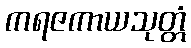
ကရဇကာယသုတ္တံ